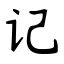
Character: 记